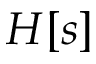
H [ s ]